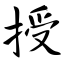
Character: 授